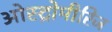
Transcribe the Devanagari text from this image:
ओस्ट्रोमीरिज